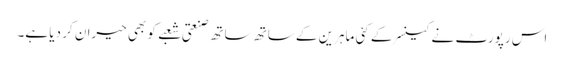
اس رپورٹ نے کینسر کے کئی ماہرین کے ساتھ ساتھ صنعتی شعبے کو بھی حیران کر دیا ہے۔